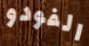
الفودو